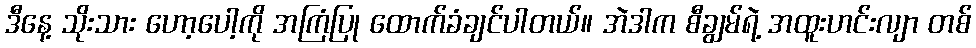
ဒီနေ့ သိုးသား ဟော့ပေါ့ကို အကြံပြု ထောက်ခံချင်ပါတယ်။ အဲဒါက စီချွမ်ရဲ့ အထူးဟင်းလျာ တစ်